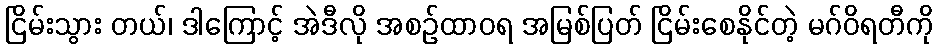
ငြိမ်းသွား တယ်၊ ဒါကြောင့် အဲဒီလို အစဉ်ထာဝရ အမြစ်ပြတ် ငြိမ်းစေနိုင်တဲ့ မဂ်ဝိရတီကို